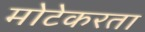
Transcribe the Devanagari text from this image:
मोटेकरता